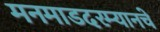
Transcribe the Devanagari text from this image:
मनमाडदरम्यानचे